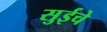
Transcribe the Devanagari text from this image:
सुईचे